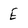
Character: E